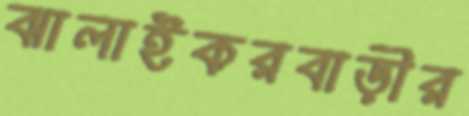
ঝালাইকরবাড়ীর